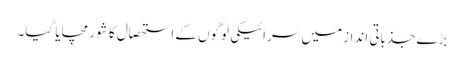
بڑے جذباتی انداز میں سرائیکی لوگوں کے استحصال کا شور مچایا گیا۔